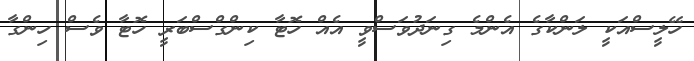
ހޭލީސްއަކީ ލަންކާގެ އެންމެ ގިނަދުވަސްވީ އެއް ހޮޓާ ކިންގްސްބަރީ ހޮޓާ ވެސް ހިންގާ